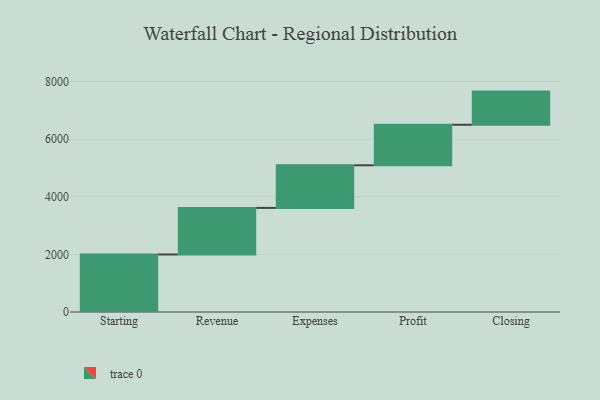
{"axis": {"x": "Step", "y": "Value"}, "legend": [""], "data": [{"x": "Starting", "y": 1998.0, "type": ""}, {"x": "Revenue", "y": 1617.0, "type": ""}, {"x": "Expenses", "y": 1480.0, "type": ""}, {"x": "Profit", "y": 1407.0, "type": ""}, {"x": "Closing", "y": 1152.0, "type": ""}]}